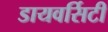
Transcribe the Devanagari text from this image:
डायवर्सिटी